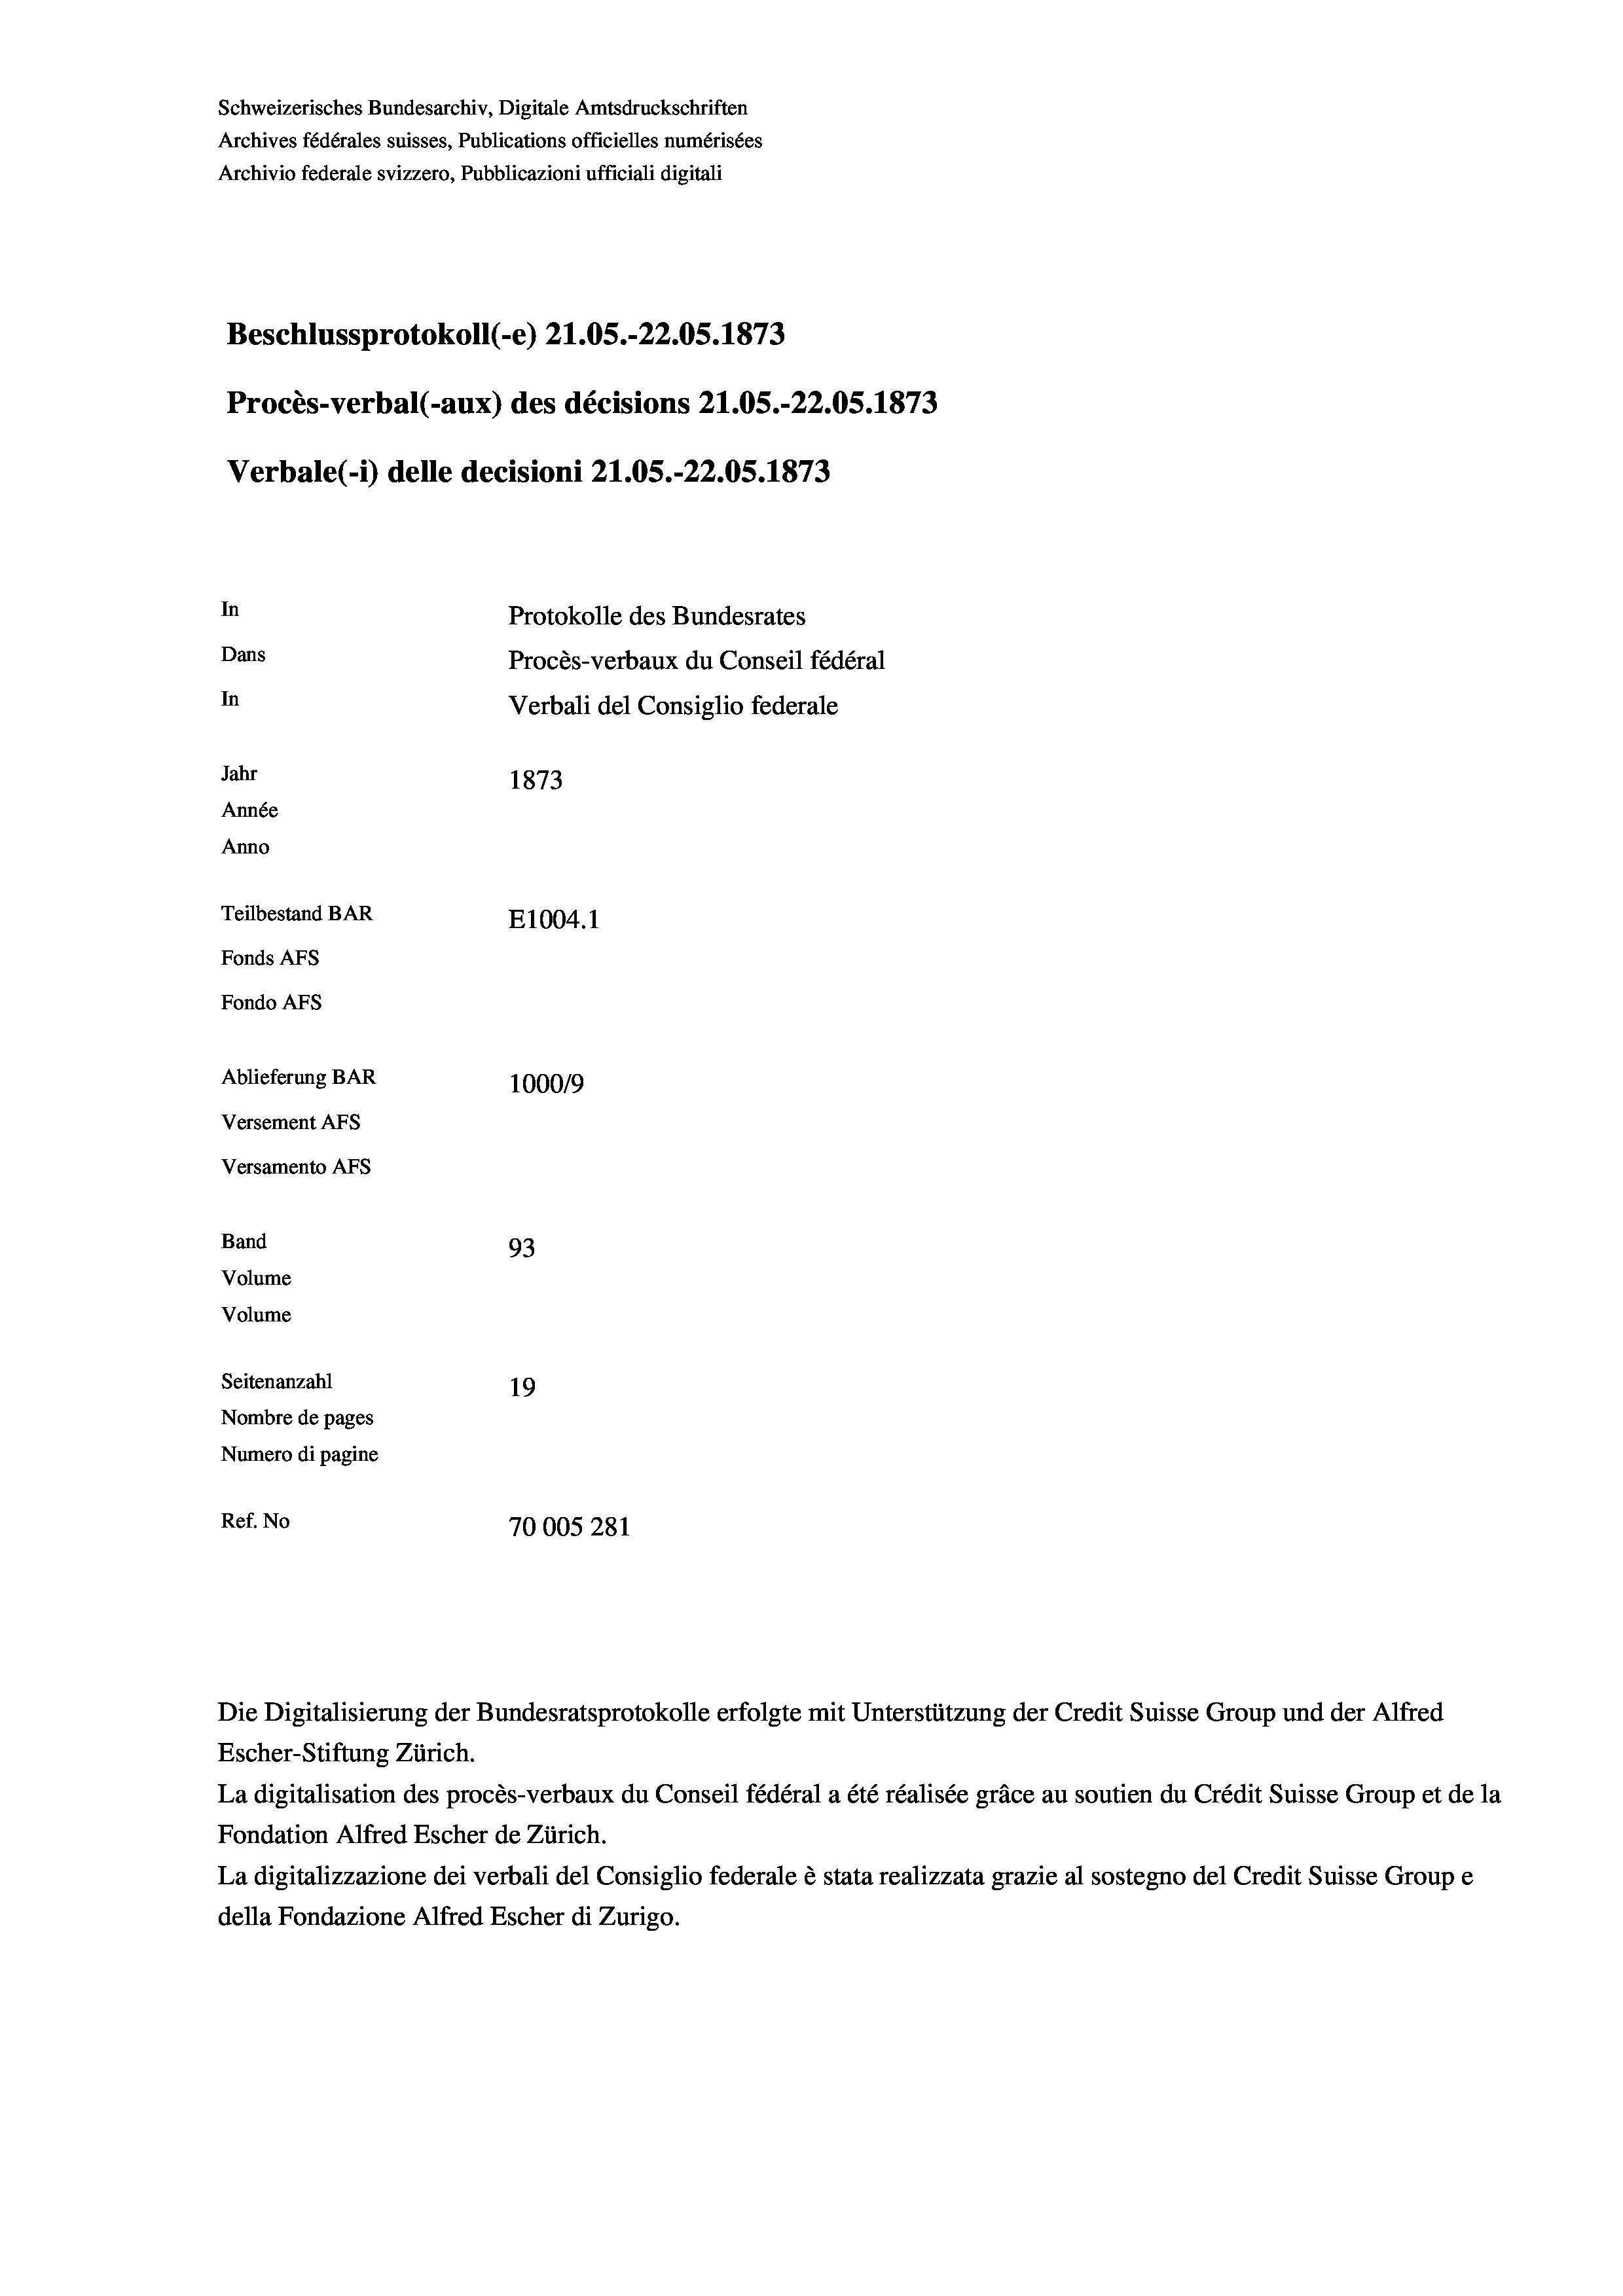
Schweizerisches Bundesarchiv, Digitale Amtsdruckschriften
Archives fédérales suisses, Publications officielles numérisées
Archivio federale svizzero, Pubblicazioni ufficiali digitali
Beschlussprotokoll (-e) 21.05.-22.05. 1873
Procès-verbal (-aux) des décisions 21.05.-22.05. 1873
Verbale(*) delle decisioni 21.05.-22.05. 1873
In
Protokolle des Bundesrates
Dans
Procès-verbaux du Conseil fédéral
In
Verbali del Consiglio federale
Jahr
1873
Année
Anno
Teilbestand BAR
E1004. 1
Fonds AFs
Fondo AFS
Ablieferung BAR
100019
Versement AFs
Versamento AFs
Band
93
Volume
Volume
Seitenanzahl
19
Nombre de pages
Numero di pagine
Ref. No
70005 281

Die Digitalisierung der Bundesratsprotokolle erfolgte mit Unterstützung der Credit Suisse Group und der Alfred
Escher-Stiftung Zürich.
La digitalisation des procès-verbaux du Conseil fédéral a été réalisée gräce au soutien du Crédit Suisse Group et de la
Fondation Alfred Escher de Zürich.
La digitalizzazione dei verbali del Consiglio federale è stata realizzata grazie al sostegno del Credit Suisse Groupe
della Fondazione Alfred Escher di Zurigo.